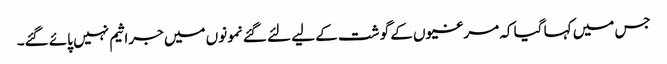
جس میں کہا گیا کہ مرغیوں کے گو شت کے لیے لئے گئے نمونوں میں جراثیم نہیں پائے گئے۔